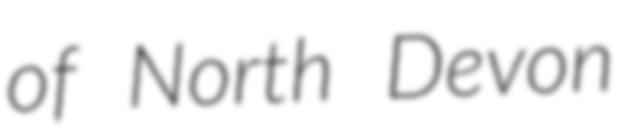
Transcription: of North Devon